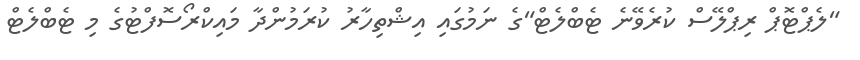
"ލެޕްޓޮޕް ރިޕްލޭސް ކުރެވޭނެ ޓެބްލެޓް"ގެ ނަމުގައި އިޝްތިހާރު ކުރަމުންދާ މައިކްރޯސޮފްޓުގެ މި ޓެބްލެޓް